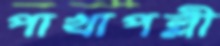
পাখাপল্লী